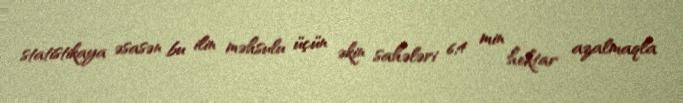
statistikaya əsasən bu ilin məhsulu üçün əkin sahələri 6,4 min hektar azalmaqla